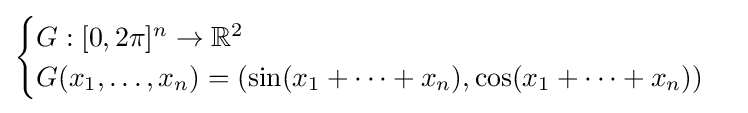
{\begin{cases}G:[0,2\pi ]^{n}\to \mathbb {R} ^{2}\\G(x_{1},\dots ,x_{n})=\left(\sin(x_{1}+\cdots +x_{n}),\cos(x_{1}+\cdots +x_{n})\right)\end{cases}}